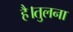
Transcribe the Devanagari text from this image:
है।तुलना